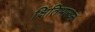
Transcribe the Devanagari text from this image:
क्षितिभारघ्नं